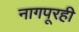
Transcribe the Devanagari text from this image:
नागपूरही